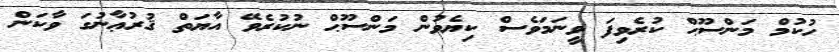
ހުކުމް މަންސޫޙް ކުރެވިފަ ވީނަމަވެސް ކިޔެވުން މަންސޫޙް ނުކުރެވޭ އާޔަތް ޤުރުޢާނުގަ ވާކަން